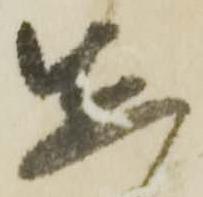
先